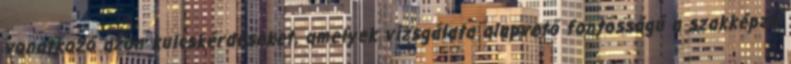
vonatkozó azon kulcskérdéseket, amelyek vizsgálata alapvető fontosságú a szakképző